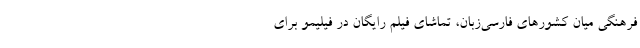
فرهنگی میان کشورهای فارسی‌زبان، تماشای فیلم رایگان در فیلیمو برای